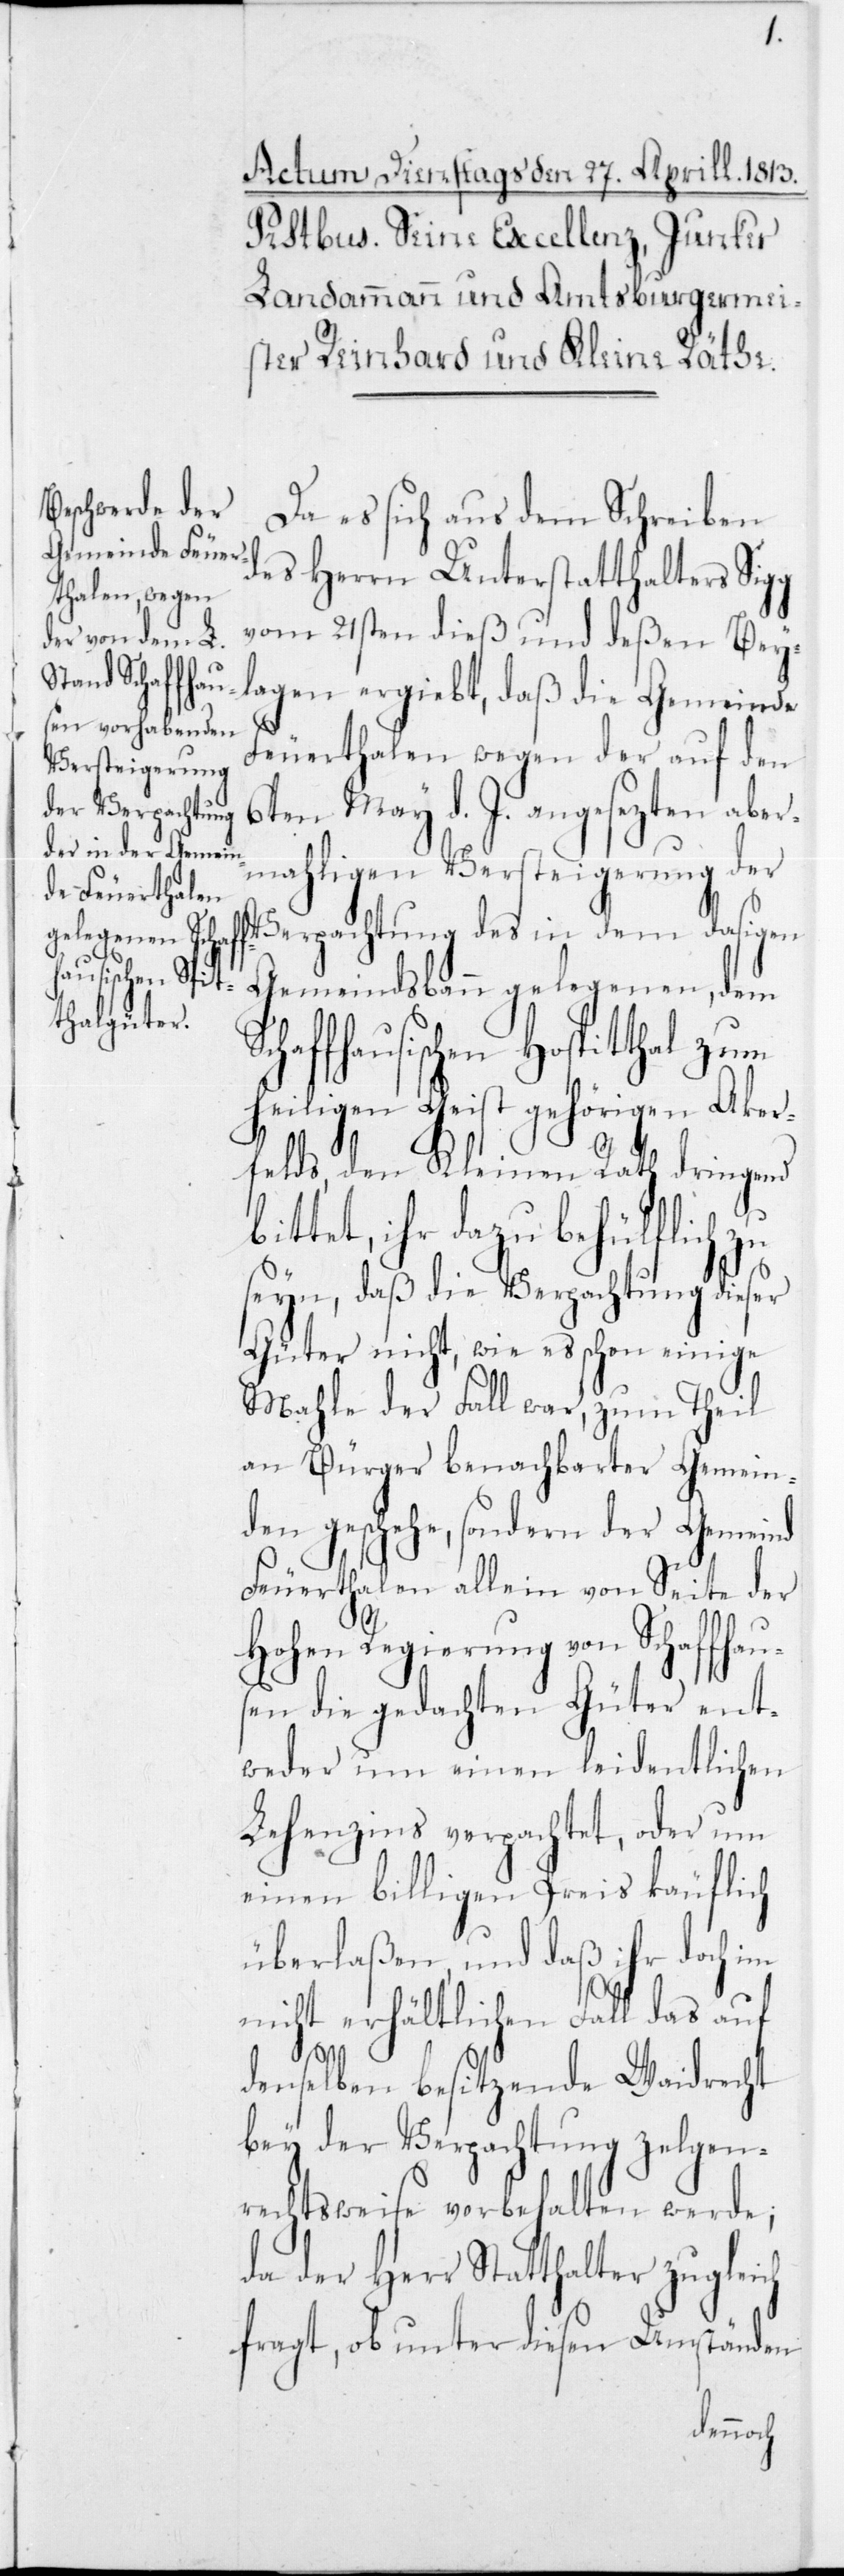
Da es sich aus dem Schreiben
des Herrn Unterstatthalters Sigg
vom 21sten dieß und deßen Bey¬
lagen ergiebt, daß die Gemeinde
Feuerthalen wegen der auf den
6ten May d. J. angesezten aber¬
mahligen Versteigerung der
Verpachtung des in dem dasigen
Gemeindsbann gelegenen, dem
fhausischen Hospitthal zum
Heiligen Geist gehörigen Aker¬
felds, den Kleinen Rath dringend
bittet, ihr dazu behülflich zu
seyn, daß die Verpachtung dieser
Güter nicht, wie es schon einige
Mahle der Fall war, zum Theil
an Bürger benachbarter Gemein¬
den geschehe, sondern der Gemeind
Feuerthalen allein von Seite der
auf¬
Hohen Regierung von Schaffhau¬
sen die gedachten Güter ent¬
weder um einen leidentlichen
Lehenzins verpachtet, oder um
einen billigen Preis käuflich
überlaßen, und daß ihr doch im
nicht erhältlichen Fall das auf
ch
denselben besitzende Weidrecht
bey der Verpachtung zelgen¬
rechtsweise vorbehalten werde;
da der Herr Statthalter zuglei¬
fragt, ob unter diesen Umständen